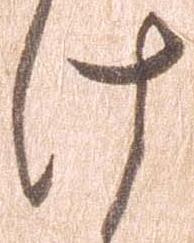
け